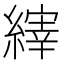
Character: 𫄀